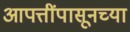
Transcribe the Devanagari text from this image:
आपत्तींपासूनच्या